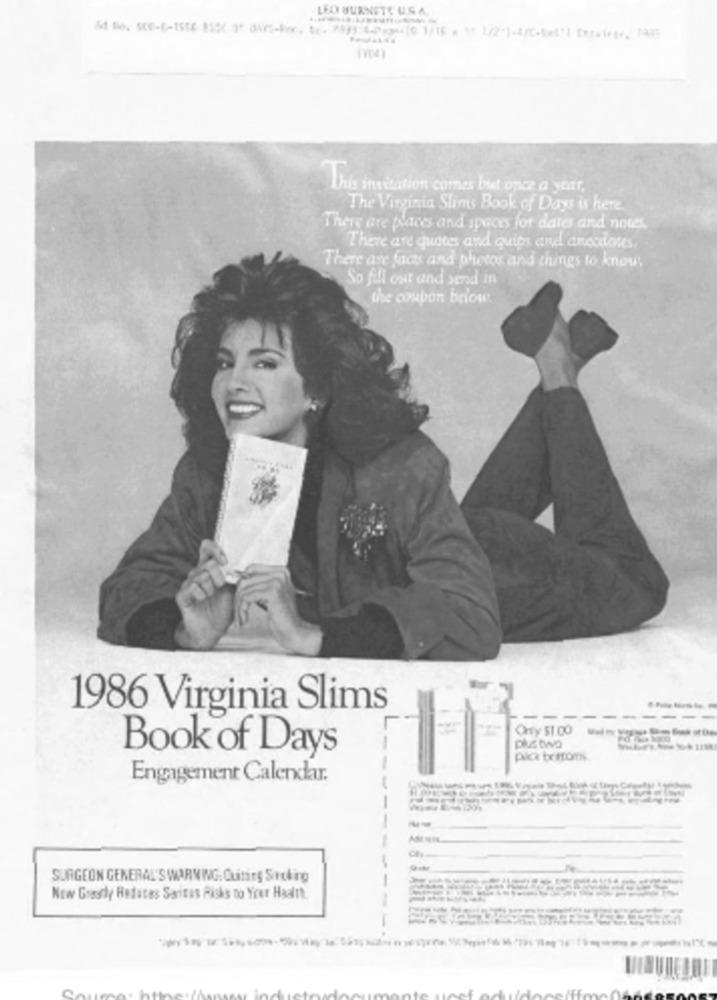
LEO BURNETT USA
&d No. SCE-E-1588 8526 OF DAYS-Bic, Sc- 283): 4-Pe-10 1/15 % Af 1(2-1-4/C-list !! Dezarar. 1985
This invitation comes bret once a year,
The Virginia Slims Book of Days is here
There are places and spaces for dates and notes,
There are quoces and quips and anecdotes.
There ave faces and photos and things to know!
So fill out and send in
the coupon below.
1986 Virginia Slims
----------
Ory 51.00
Book of Days
phetwa
pick tx HON
--
Engagement Calendar.
-
---
SURGEON GENERAL'S WARNING: Quiting Sortirg
Now Goasty Heducas Saritas Risks to Your Haaltt.
---